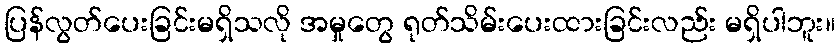
ပြန်လွတ်ပေးခြင်းမရှိသလို အမှုတွေ ရုတ်သိမ်းပေးထားခြင်းလည်း မရှိပါဘူး။